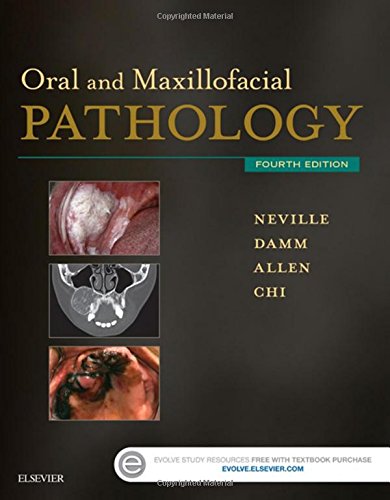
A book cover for Oral and Maxillofacial Pathology, 4e; Brad W. Neville DDS; Medical Books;